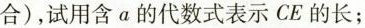
合)，试用含α的代数式表示CE的长；